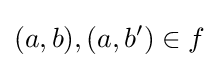
(a,b),(a,b')\in f